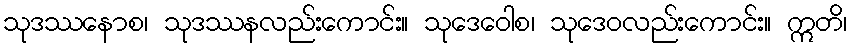
သုဒဿနောစ၊ သုဒဿနလည်းကောင်း။ သုဒေဝေါစ၊ သုဒေဝလည်းကောင်း။ ဣတိ၊